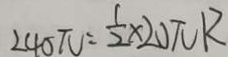
2 4 0 \pi = \frac { 1 } { 2 } \times 2 0 \pi R